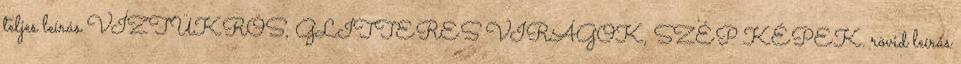
teljes leírás VÍZTÜKRÖS, GLITTERES VIRÁGOK, SZÉP KÉPEK. rövid leírás